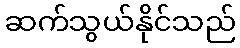
ဆက်သွယ်နိုင်သည်